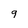
Character: 9